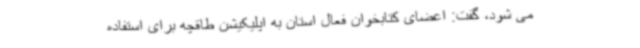
می شود، گفت: اعضای کتابخوان فعال استان به اپلیکیشن طاقچه برای استفاده